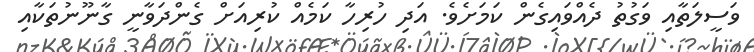
ވަސީލަތާއި ވަގުތު ދެއްވައިގެން ކަމަށެވެ. އަދި ހުރިހާ ކަމެއް ކުރިއަށް ގެންދަވާނީ ގާނޫނުތަކާއި